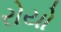
રોયો